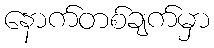
နောက်တစ်ချက်မှာ